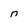
Character: n